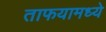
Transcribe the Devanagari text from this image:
ताफयामध्ये